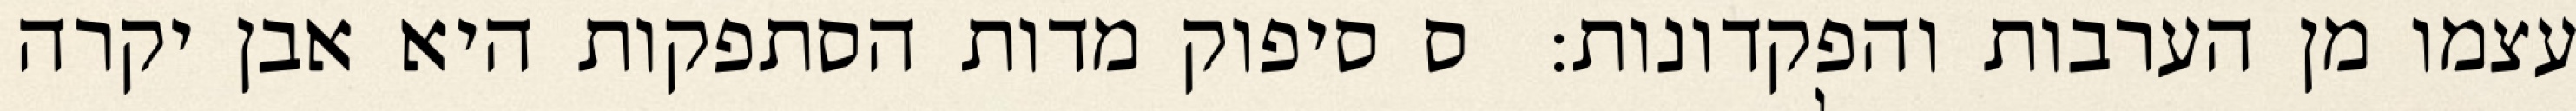
עצמו מן הערבות והפקדונות:  ס סיפוק מדות הסתפקות היא אבן יקרה